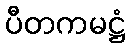
ပီတကမဋ္ဌံ